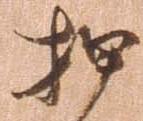
押